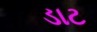
ડાટ